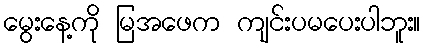
မွေးနေ့ကို မြအဖေက ကျင်းပမပေးပါဘူး။